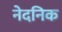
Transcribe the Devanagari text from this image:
नेदनिक